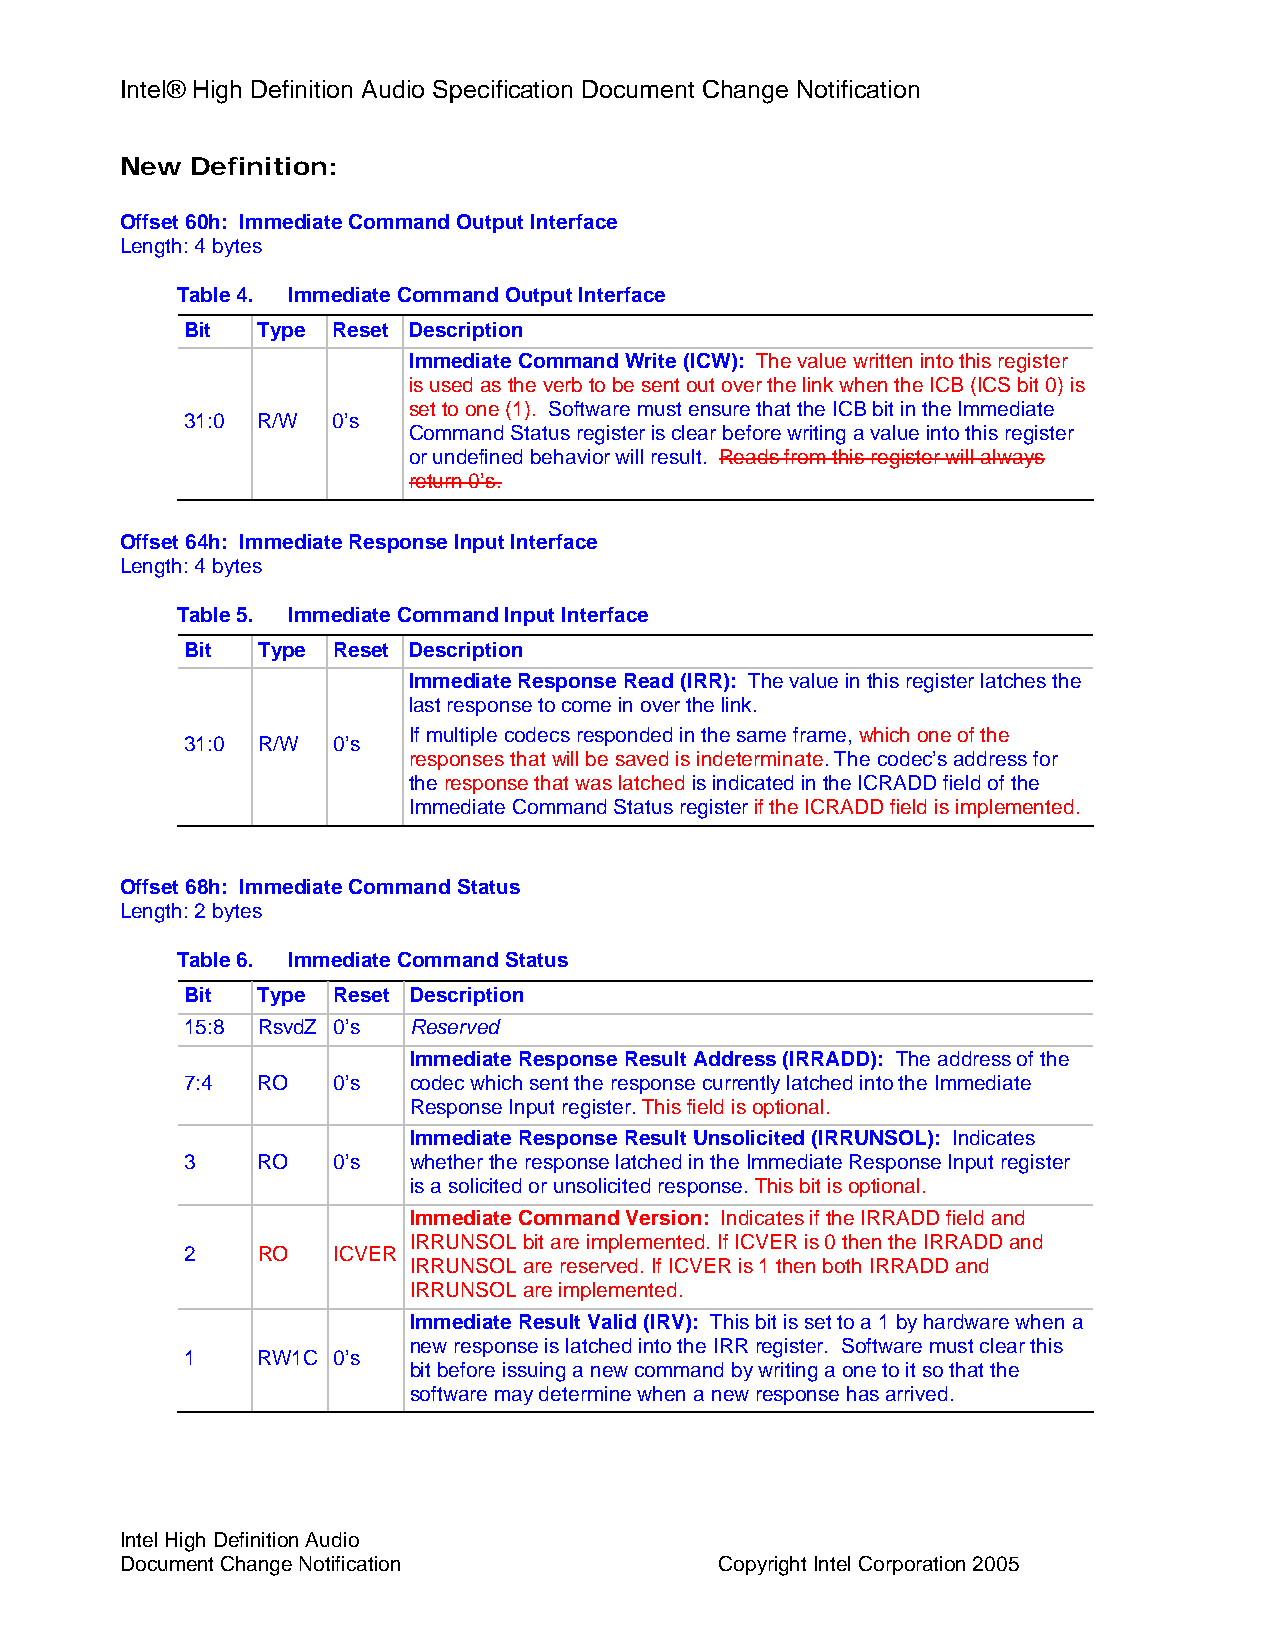
Intel® High Definition Audio Specification Document Change Notification
 New  Definition:
 Offset 60h: Immediate Command Output Interface
 Length: 4 bytes
 Table 4. Immediate Command Output Interface
 Bit  Type Reset Description
 Immediate Command Write (ICW): The value written into this register
 is used as the verb to be sent out over the link when the ICB (ICS bit 0) is
 set to one (1). Software must ensure that the ICB bit in the Immediate
 31:0 R/W  0’s
 Command Status register is clear before writing a value into this register
 or undefined behavior will result. Reads from this register will always
 return 0’s.
 Offset 64h: Immediate Response Input Interface
 Length: 4 bytes
 Table 5. Immediate Command Input Interface
 Bit  Type Reset Description
 Immediate Response Read (IRR): The value in this register latches the
 last response to come in over the link.
 If multiple codecs responded in the same frame, which one of the
 31:0 R/W  0’s
 responses that will be saved is indeterminate. The codec’s address for
 the response that was latched is indicated in the ICRADD field of the
 Immediate Command Status register if the ICRADD field is implemented.
 Offset 68h: Immediate Command Status
 Length: 2 bytes
 Table 6. Immediate Command Status
 Bit  Type Reset Description
 15:8 RsvdZ 0’s Reserved
 Immediate Response Result Address (IRRADD): The address of the
 7:4  RO   0’s  codec which sent the response currently latched into the Immediate
 Response Input register. This field is optional.
 Immediate Response Result Unsolicited (IRRUNSOL): Indicates
 3    RO   0’s  whether the response latched in the Immediate Response Input register
 is a solicited or unsolicited response. This bit is optional.
 Immediate Command Version: Indicates if the IRRADD field and
 IRRUNSOL bit are implemented. If ICVER is 0 then the IRRADD and
 2    RO   ICVER
 IRRUNSOL are reserved. If ICVER is 1 then both IRRADD and
 IRRUNSOL are implemented.
 Immediate Result Valid (IRV): This bit is set to a 1 by hardware when a
 new response is latched into the IRR register. Software must clear this
 1    RW1C 0’s
 bit before issuing a new command by writing a one to it so that the
 software may determine when a new response has arrived.
 Intel High Definition Audio
 Document Change Notification            Copyright Intel Corporation 2005